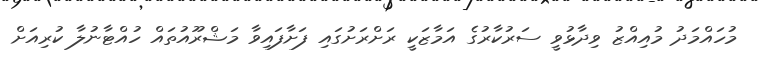
މުހައްމަދު މުއިއްޒު ވިދާޅުވީ ސަރުކާރުގެ އަމާޒަކީ ރަށްރަށުގައި ފަށާފައިވާ މަޝްރޫއުތައް ހުއްޓާނުލާ ކުރިއަށް